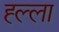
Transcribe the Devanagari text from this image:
ह्ल्ला